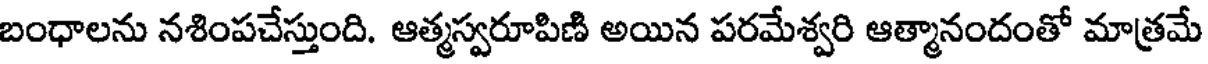
బంధాలను నశింపచేస్తుంది. ఆత్మస్వరూపిణి అయిన పరమేశ్వరి ఆత్మానందంతో మాత్రమే